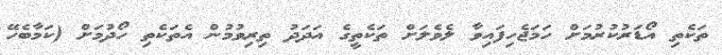
ތަކެތި އޯޑަރުކުރުމަށް ހަމަޖެހިފައިވާ ލެވެލަށް ތަކެތީގެ އަދަދު ތިރިވުމުން އެތަކެތި ހޯދުމަށް (ކަމާބެހޭ